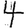
Digit: 4